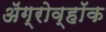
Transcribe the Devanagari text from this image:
ॲग्रोव्हॉक